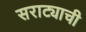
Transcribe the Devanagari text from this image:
सराट्याची